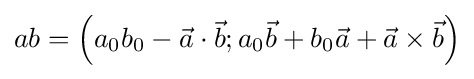
ab=\left(a_{0}b_{0}-{\vec {a}}\cdot {\vec {b}};a_{0}{\vec {b}}+b_{0}{\vec {a}}+{\vec {a}}\times {\vec {b}}\right)